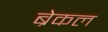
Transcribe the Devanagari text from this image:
ब्रेकल